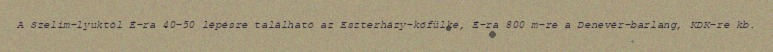
A Szelim-lyuktól É-ra 40–50 lépésre található az Eszterházy-kőfülke, É-ra 800 m-re a Denevér-barlang, KDK-re kb.